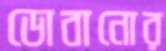
ডোবানোর